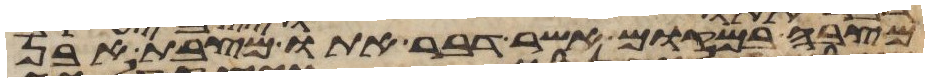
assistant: מצבה במקום אשר דבר אתו מצבת אבן